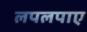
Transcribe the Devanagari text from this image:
लपलपाए